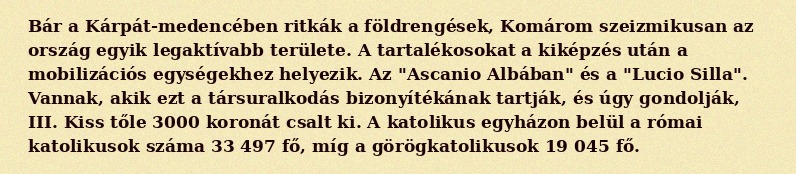
Bár a Kárpát-medencében ritkák a földrengések, Komárom szeizmikusan az ország egyik legaktívabb területe. A tartalékosokat a kiképzés után a mobilizációs egységekhez helyezik. Az "Ascanio Albában" és a "Lucio Silla". Vannak, akik ezt a társuralkodás bizonyítékának tartják, és úgy gondolják, III. Kiss tőle 3000 koronát csalt ki. A katolikus egyházon belül a római katolikusok száma 33 497 fő, míg a görögkatolikusok 19 045 fő.